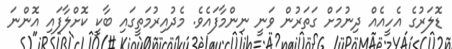
ޑޮލަރުގެ އެހީއެއް ދިނުމަށް ގަތަރުން ވަނީ ނިންމާފައެވެ. މެދުއިރުމަތީގައި ބާކީ ކޮށްލާފައި އޮންނަ